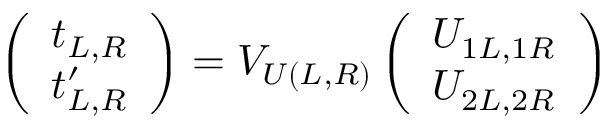
\left( \begin{array} { c } { { t _ { L , R } } } \\ { { t _ { L , R } ^ { \prime } } } \end{array} \right) = V _ { U ( L , R ) } \left( \begin{array} { c } { { U _ { 1 L , 1 R } } } \\ { { U _ { 2 L , 2 R } } } \end{array} \right)